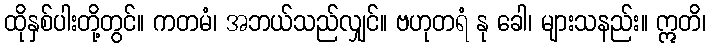
ထိုနှစ်ပါးတို့တွင်။ ကတမံ၊ အဘယ်သည်လျှင်။ ဗဟုတရံ နု ခေါ၊ များသနည်း။ ဣတိ၊